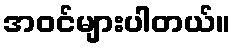
အဝင်များပါတယ်။